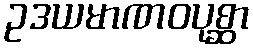
ဥဒယမာဏဝပုစ္ဆာ